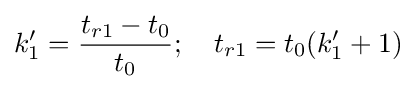
k'_{1}={\frac {t_{r1}-t_{0}}{t_{0}}};\quad t_{r1}=t_{0}(k'_{1}+1)